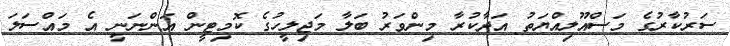
ސަރުކާރުގެ މަސްއޫލިއްޔަތު އަދާކުރާ މިންވަރު ބަލާ މަޖިލީހުގެ ކޮމިޓީން އަންނަނީ އެ މައްސަލަ